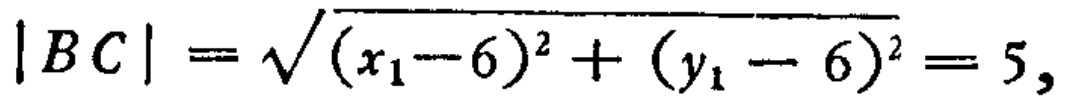
\(|BC| = \sqrt{(x_1 - 6)^2 + (y_1 - 6)^2} = 5,\)